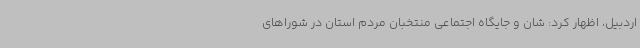
اردبیل، اظهار کرد: شان و جایگاه اجتماعی منتخبان مردم استان در شوراهای